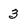
Character: 3